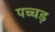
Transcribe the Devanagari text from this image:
पच्चड़